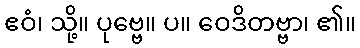
ဧဝံ၊ သို့။ ပုဗ္ဗေ။ ပ။ ဝေဒိတဗ္ဗာ၊ ၏။